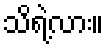
သိရဲ့လား။